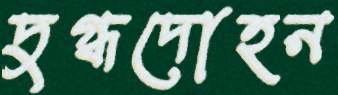
দুগ্ধদোহন